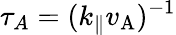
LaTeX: \tau_{A}=(k_{\parallel}v_{\mathrm{A}})^{-1}